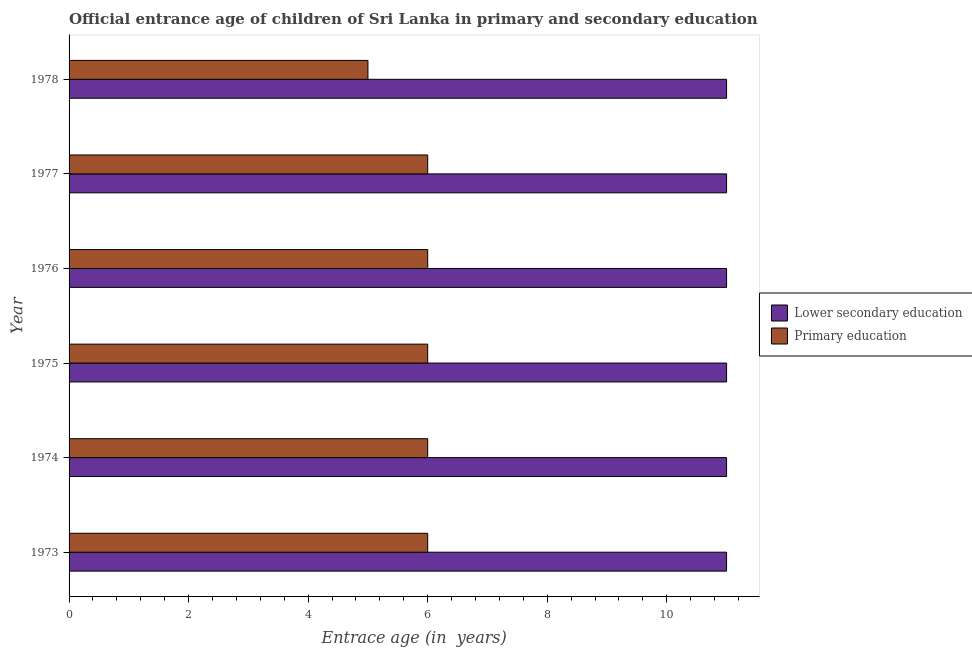
| Year | Lower secondary education | Primary education |
 | --- | --- | --- |
 | 1973 | 11 | 6 |
 | 1974 | 11 | 6 |
 | 1975 | 11 | 6 |
 | 1976 | 11 | 6 |
 | 1977 | 11 | 6 |
 | 1978 | 11 | 5 |